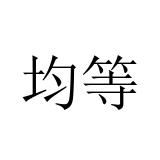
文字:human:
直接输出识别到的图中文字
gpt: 均等